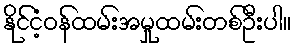
နိုင်ငံ့ဝန်ထမ်းအမှုထမ်းတစ်ဦးပါ။